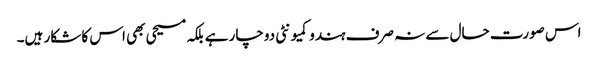
اس صورت حال سے نہ صرف ہندو کمیونٹی دوچار ہے بلکہ مسیحی بھی اس کا شکار ہیں۔